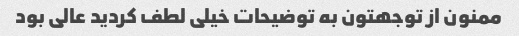
ممنون از توجهتون به توضیحات خیلی لطف کردید عالی بود